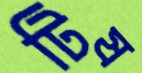
টিষ